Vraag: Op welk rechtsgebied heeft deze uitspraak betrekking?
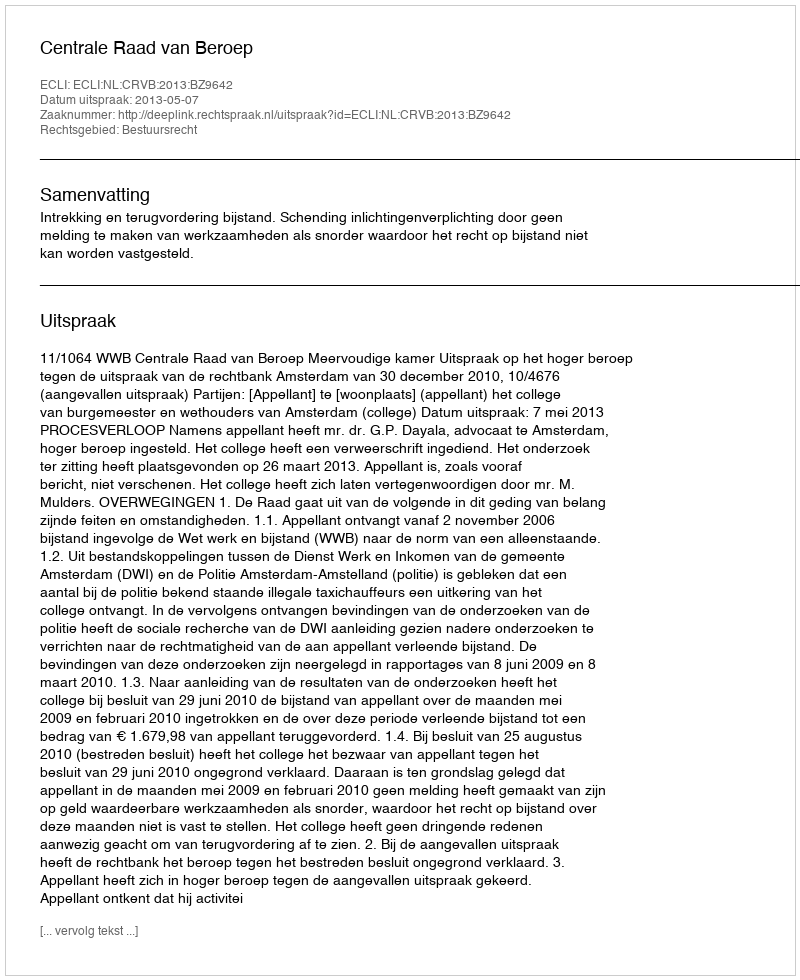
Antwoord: Bestuursrecht